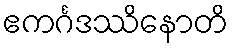
ဧကင်္ဂဒဿိနောတိ